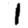
Digit: 1